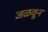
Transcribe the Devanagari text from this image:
जळवून